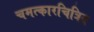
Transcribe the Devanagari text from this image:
चमत्कारचित्रित